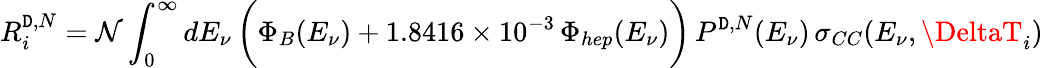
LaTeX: R_{i}^{\mathtt{D},N}={{\mathcal{{N}}}}\int_{0}^{\infty}dE_{\nu}\, \bigg(\Phi_{B}(E_{\nu})+1.8416\times10^{-3}\, \Phi_{hep}(E_{\nu})\bigg)\, P^{\mathtt{D},N}(E_{\nu})\, \sigma_{CC}(E_{\nu},\DeltaT_{i})\,